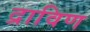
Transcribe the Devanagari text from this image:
द्राविण